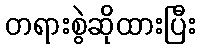
တရားစွဲဆိုထားပြီး